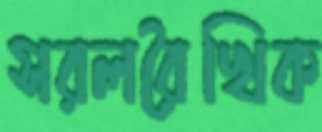
সরলরৈখিক